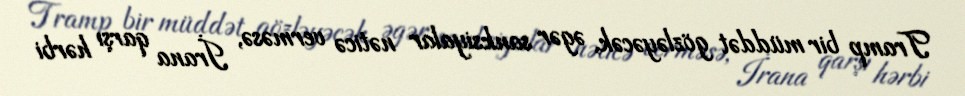
Tramp bir müddət gözləyəcək, əgər sanksiyalar nəticə verməsə, İrana qarşı hərbi